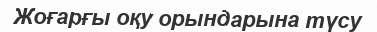
Жоғарғы оқу орындарына түсу